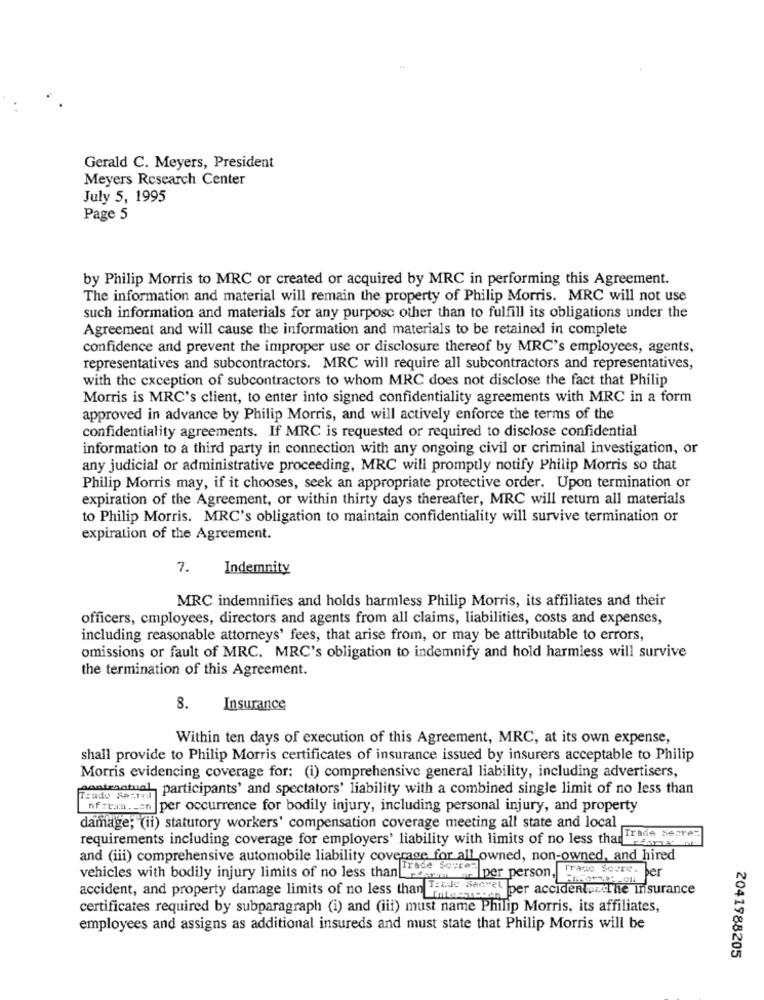
Gerald C. Meyers, President
Meyers Research Center
July 5, 1995
Page 5
by Philip Morris to MRC or created or acquired by MRC in performing this Agreement.
The information and material will remain the property of Philip Morris. MRC will not use
such information and materials for any purpose other than to fulfill its obligations under the
Agreement and will cause the information and materials to be retained in complete
confidence and prevent the improper use or disclosure thereof by MRC's employees, agents,
representatives and subcontractors. MRC will require all subcontractors and representatives,
with the exception of subcontractors to whom MRC does not disclose the fact that Philip
Morris is MRC's client, to enter into signed confidentiality agreements with MRC in a form
approved in advance by Philip Morris, and will actively enforce the terms of the
confidentiality agreements. If MRC is requested or required to disclose confidential
information to a third party in connection with any ongoing civil or criminal investigation, or
any judicial or administrative proceeding, MRC will promptly notify Philip Morris so that
Philip Morris may, if it chooses, seek an appropriate protective order. Upon termination or
expiration of the Agreement, or within thirty days thereafter, MRC will return all materials
to Philip Morris. MRC's obligation to maintain confidentiality will survive termination or
expiration of the Agreement.
7.
Indemnity
MRC indemnifies and holds harmless Philip Morris, its affiliates and their
officers, employees, directors and agents from all claims, liabilities, costs and expenses,
including reasonable attorneys' fees, that arise from, or may be attributable to errors,
omissions or fault of MRC. MRC's obligation to indemnify and hold harmless will survive
the termination of this Agreement.
8.
Insurance
Within ten days of execution of this Agreement, MRC, at its own expense,
shall provide to Philip Morris certificates of insurance issued by insurers acceptable to Philip
Morris evidencing coverage for: (i) comprehensive general liability, including advertisers,
austenatual, participants' and spectators' liability with a combined single limit of no less than
nfetxa ._ an per occurrence for bodily injury, including personal injury, and property
damage; (ii) statutory workers' compensation coverage meeting all state and local
requirements including coverage for employers' liability with limits of no less thanen .
Trade secret
and (iii) comprehensive automobile liability coverage for all owned, non-owned, and hired
Trade Sovrea
vehicles with bodily injury limits of no less than resumes per person, frase Sours. ber
Trade Secret per accident. . .
pacThe Insurance
accident, and property damage limits of no less than Intossicon
certificates required by subparagraph (i) and (iii) must name Philip Morris, its affiliates,
employees and assigns as additional insureds and must state that Philip Morris will be
2041988205